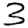
Digit: 3